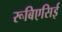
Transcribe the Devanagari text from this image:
रूबिएसिई